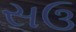
સઉ